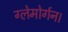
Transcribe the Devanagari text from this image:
ग्लेमोर्गन।